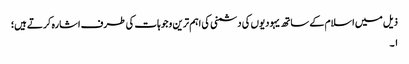
ذیل میں اسلام کے ساتھ یہودیوں کی دشمنی کی اہم ترین وجوہات کی طرف اشارہ کرتے ہیں؛
۱۔